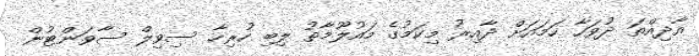
އާދިއްތަ ދުވަހާ ހަމައަށް ދާއިރު މިކަމުގެ މައުލޫމާތު ލިބި ހުރިހާ ސިވިލް ސާވަންޓުން